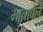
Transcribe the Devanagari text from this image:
माताबेले